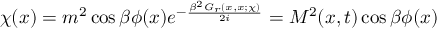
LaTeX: \chi ( x ) = m ^ { 2 } \cos \beta \phi ( x ) e ^ { - \frac { \beta ^ { 2 } { \cal G } _ { r } ( x , x ; \chi ) } { 2 i } } = M ^ { 2 } ( x , t ) \cos \beta \phi ( x )